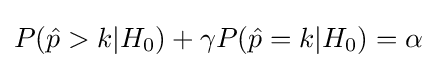
P({\hat {p}}>k|H_{0})+\gamma P({\hat {p}}=k|H_{0})=\alpha